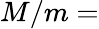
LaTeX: M/m=